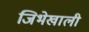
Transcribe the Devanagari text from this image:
जिभेखाली